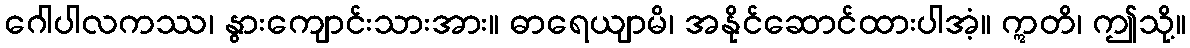
ဂေါပါလကဿ၊ နွားကျောင်းသားအား။ ဓာရေယျာမိ၊ အနိုင်ဆောင်ထားပါအံ့။ ဣတိ၊ ဤသို့။